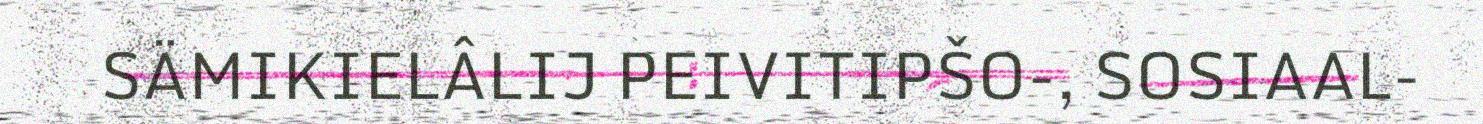
SÄMIKIELÂLIJ PEIVITIPŠO-, SOSIAAL-